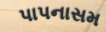
પાપનાસમ